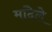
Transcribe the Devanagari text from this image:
मांदेले